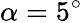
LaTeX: \alpha=5^{\circ}